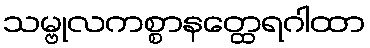
သမ္ဗုလကစ္စာနတ္ထေရဂါထာ